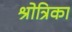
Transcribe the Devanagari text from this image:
श्रोत्रिका